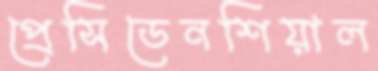
প্রেসিডেনশিয়াল